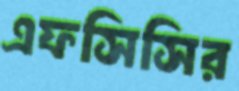
এফসিসির